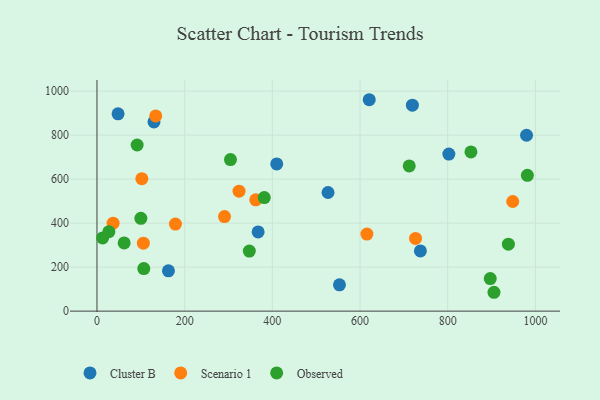
{"axis": {"x": "Experience", "y": "Yield"}, "legend": ["Cluster B", "Observed", "Scenario 1"], "data": [{"x": "802.6", "y": 713.8, "type": "Cluster B"}, {"x": "367.6", "y": 360.2, "type": "Cluster B"}, {"x": "621.0", "y": 961.1, "type": "Cluster B"}, {"x": "719.4", "y": 936.5, "type": "Cluster B"}, {"x": "163.0", "y": 183.1, "type": "Cluster B"}, {"x": "737.7", "y": 273.7, "type": "Cluster B"}, {"x": "553.1", "y": 119.6, "type": "Cluster B"}, {"x": "410.0", "y": 669.3, "type": "Cluster B"}, {"x": "979.8", "y": 799.6, "type": "Cluster B"}, {"x": "48.1", "y": 897.2, "type": "Cluster B"}, {"x": "527.0", "y": 539.2, "type": "Cluster B"}, {"x": "130.0", "y": 860.1, "type": "Cluster B"}, {"x": "290.9", "y": 429.9, "type": "Scenario 1"}, {"x": "179.0", "y": 395.7, "type": "Scenario 1"}, {"x": "36.8", "y": 400.0, "type": "Scenario 1"}, {"x": "134.0", "y": 887.4, "type": "Scenario 1"}, {"x": "105.8", "y": 308.7, "type": "Scenario 1"}, {"x": "948.3", "y": 498.3, "type": "Scenario 1"}, {"x": "726.6", "y": 330.3, "type": "Scenario 1"}, {"x": "324.0", "y": 545.5, "type": "Scenario 1"}, {"x": "102.3", "y": 602.1, "type": "Scenario 1"}, {"x": "362.2", "y": 506.1, "type": "Scenario 1"}, {"x": "615.7", "y": 350.5, "type": "Scenario 1"}, {"x": "12.9", "y": 333.0, "type": "Observed"}, {"x": "27.2", "y": 361.3, "type": "Observed"}, {"x": "905.5", "y": 85.7, "type": "Observed"}, {"x": "347.5", "y": 273.0, "type": "Observed"}, {"x": "106.8", "y": 193.6, "type": "Observed"}, {"x": "381.6", "y": 516.4, "type": "Observed"}, {"x": "981.7", "y": 617.3, "type": "Observed"}, {"x": "897.0", "y": 148.2, "type": "Observed"}, {"x": "712.2", "y": 660.2, "type": "Observed"}, {"x": "100.1", "y": 421.8, "type": "Observed"}, {"x": "304.5", "y": 689.0, "type": "Observed"}, {"x": "62.0", "y": 309.9, "type": "Observed"}, {"x": "91.6", "y": 755.2, "type": "Observed"}, {"x": "853.0", "y": 724.0, "type": "Observed"}, {"x": "938.4", "y": 304.2, "type": "Observed"}]}